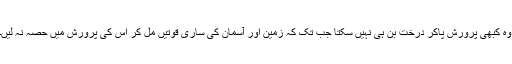
وہ کبھی پرورش پاکر درخت بن ہی نہیں سکتا جب تک کہ زمین اور آسمان کی ساری قوتیں مل کر اس کی پرورش میں حصہ نہ لیں۔